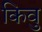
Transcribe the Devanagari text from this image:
किवु